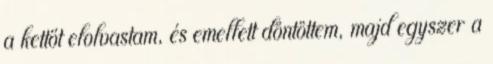
a kettőt elolvastam, és emellett döntöttem, majd egyszer a